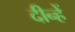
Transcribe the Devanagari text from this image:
दीन्‍हें